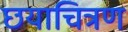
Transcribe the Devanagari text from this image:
छयाचित्रण